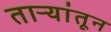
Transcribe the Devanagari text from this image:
ताऱ्यांतून